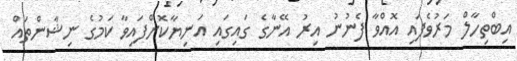
އިބްތިހާލް މަރުވެފައި އޮއްވާ ފެނުނު އިރު އޭނާގެ ގައިގައި އަނިޔާކޮށްފައިވާ ކަމުގެ ނިޝާންތައް